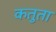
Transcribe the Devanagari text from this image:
कतुता